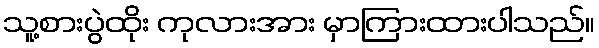
သူ့စားပွဲထိုး ကုလားအား မှာကြားထားပါသည်။